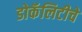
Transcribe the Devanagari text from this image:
डोकॅलिटीचे